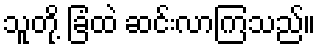
သူတို့ ခြံထဲ ဆင်းလာကြသည်။